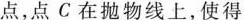
点，点C在抛物线上，使得